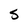
Character: S